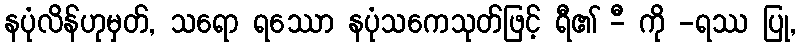
နပုံလိန်ဟုမှတ်, သရော ရဿော နပုံသကေသုတ်ဖြင့် ရီ၏ -ီ ကို -ရဿ ပြု,